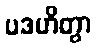
ပဒဟိတွာ